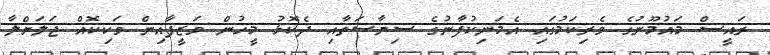
ރައީސް މައުމޫނުގެ ވެރިކަމުގައި އެމަނިކުފާނުގެ ސިޔާސަތާއި ދެކޮޅު މީހުން ވަޒީފާއިން ވަކިކޮއް ޖަލަށްލާ